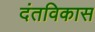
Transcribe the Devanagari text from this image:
दंतविकास